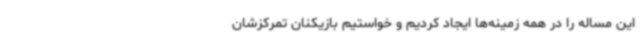
این مساله را در همه زمینه‌ها ایجاد کردیم و خواستیم بازیکنان تمرکزشان